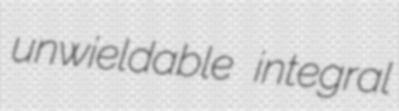
unwieldable integral